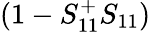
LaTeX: (1-S_{11}^{+}S_{11})